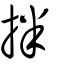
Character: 拌